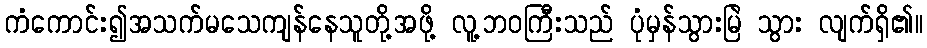
ကံကောင်း၍အသက်မသေကျန်နေသူတို့အဖို့ လူ့ဘဝကြီးသည် ပုံမှန်သွားမြဲ သွား လျက်ရှိ၏။